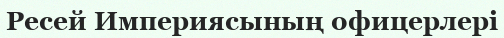
Ресей Империясының офицерлері